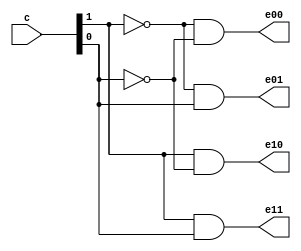
//////////////////////////////////////
//  LastEditTime: 2022-03-20 16:33:55
//  LastEditors: YiBo Zhang
//  Description: this is 2 to 4 decode unit
//  
/////////////////////////////////////
//Digital ports:
//input: c:2
//output: e00,e01,e10,e11
/////////////////////////////////////
module t_f_decode (
  input [1:0] c,
  output e00,
  output e10,
  output e01,
  output e11
);

assign e00 = (~c[1] & ~c[0]);
assign e10 = (c[1] & ~c[0]);
assign e01 = (~c[1] & c[0]);
assign e11 = (c[1] & c[0]);
  
endmodule